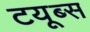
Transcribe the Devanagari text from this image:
टयूब्स